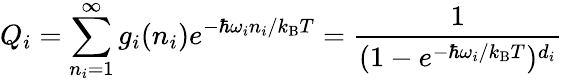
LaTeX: Q_{i}=\sum_{n_{i}=1}^{\infty}g_{i}(n_{i})e^{-\hbar\omega_{i}n_{i}/k_{\mathrm{B}}T}=\frac{1}{(1-e^{-\hbar\omega_{i}/k_{\mathrm{B}}T})^{d_{i}}}